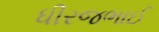
ધીરજભાઈ